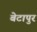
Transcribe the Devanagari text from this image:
बेटापुर